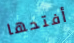
أفتحها